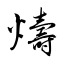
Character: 燽